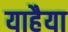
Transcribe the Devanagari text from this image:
याहैया